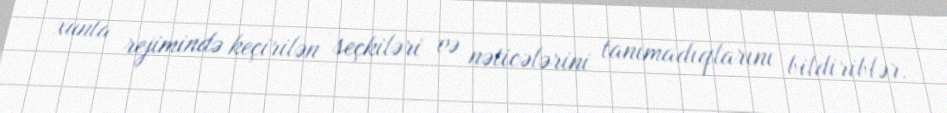
xunta rejimində keçirilən seçkiləri və nəticələrini tanımadıqlarını bildiriblər.